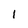
Character: 1